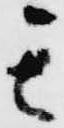
其